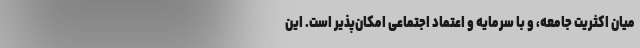
میان اکثریت جامعه، و با سرمایه و اعتماد اجتماعی امکان‌پذیر است. این